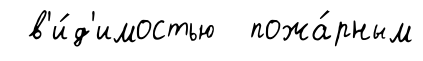
в'и́д'имостью пожа́рным